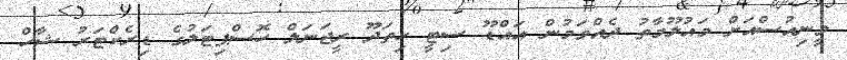
ވީނިއުސްއަށް މައުލޫމާތު ދެއްވަމުން އައްޑޫ ސިޓީ ހިތަދޫ ރީޖަނަލް ހޮސްޕިޓަލުގެ ޑިރެކްޓަރު ޝާހް